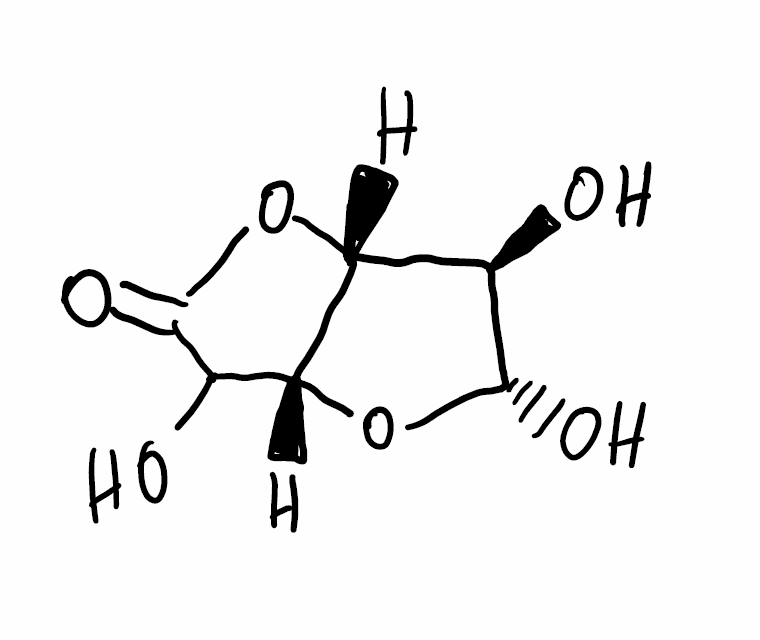
Simplified molecular-input line-entry system (SMILES) notation of the given molecule:
[C@H]1([C@@H]2[C@@H](C(C(=O)O2)O)O[C@H]1O)O